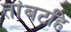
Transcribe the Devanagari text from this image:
तांबटहि